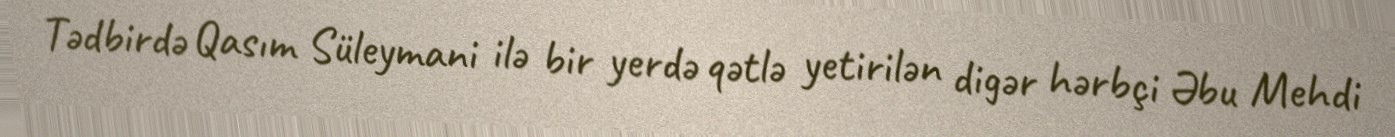
Tədbirdə Qasım Süleymani ilə bir yerdə qətlə yetirilən digər hərbçi Əbu Mehdi